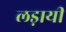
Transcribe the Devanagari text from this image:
लड़ायी